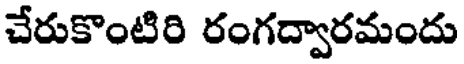
చేరుకొంటిరి రంగద్వారమందు